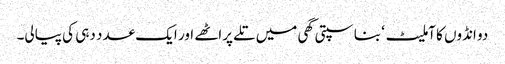
دو انڈوں کا آملیٹ ‘ بناسپتی گھی میں تلے پراٹھے اور ایک عدد دہی کی پیالی۔